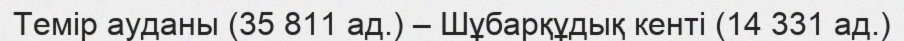
Темір ауданы (35 811 ад.) – Шұбарқұдық кенті (14 331 ад.)